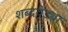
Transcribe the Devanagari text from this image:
शब्दवेड्या